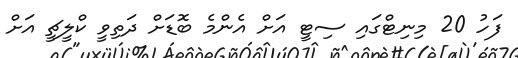
ފަހު 20 މިނިޓްގައި ސިޓީ އަށް އެންމެ ބޮޑަށް ދަތިވީ ކްލީޗީ އަށް